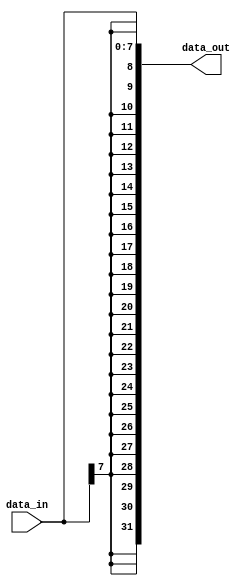
module sigExt ( data_in,
		data_out);

parameter WIDTH = 8;
input [WIDTH-1:0] data_in;
output [31:0] data_out;

//Sign extend data_in to 32 bits
assign data_out = {{(32-WIDTH){data_in[WIDTH-1]}} , data_in};

endmodule

module zeroExt ( data_in,
		data_out);
parameter WIDTH = 8;
input [WIDTH -1 : 0] data_in;
output [31:0] data_out;

//Zero extend data_in to 32 bits
assign data_out = {{(32-WIDTH){1'b0}} , data_in};

endmodule

module extend32 ( data_in,
		sig,
		b_hbar,
		bypass,
		data_out);

input [31:0] data_in;
input sig, b_hbar, bypass;
output reg [31:0] data_out;

wire [31:0] z_extend8_w;
wire [31:0] z_extend16_w;
wire [31:0] s_extend8_w;
wire [31:0] s_extend16_w;

zeroExt #(.WIDTH(8)) zE8(.data_in(data_in[7:0]), .data_out(z_extend8_w));
zeroExt #(.WIDTH(16)) zE16(.data_in(data_in[15:0]), .data_out(z_extend16_w));
sigExt #(.WIDTH(8)) sE8(.data_in(data_in[7:0]), .data_out(s_extend8_w));
sigExt #(.WIDTH(16)) sE16(.data_in(data_in[15:0]), .data_out(s_extend16_w));

always @(*) begin
	if (bypass) begin
		data_out = data_in;
	end else begin
		if (b_hbar) begin
			if (sig) begin
				data_out = s_extend8_w;
			end else begin
				data_out = z_extend8_w;
			end
		end else begin
			if (sig) begin
				data_out = s_extend16_w;
			end else begin
				data_out = z_extend16_w;
			end
		end
	end

end

endmodule